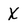
Character: X